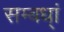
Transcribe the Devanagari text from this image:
सम्बध्ां